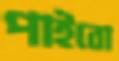
পাইবো